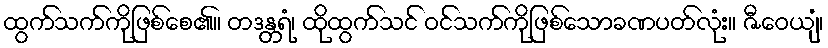
ထွက်သက်ကိုဖြစ်စေ၏။ တဒန္တရံ၊ ထိုထွက်သင် ဝင်သက်ကိုဖြစ်သောခဏပတ်လုံး။ ဇီဝေယျံ၊